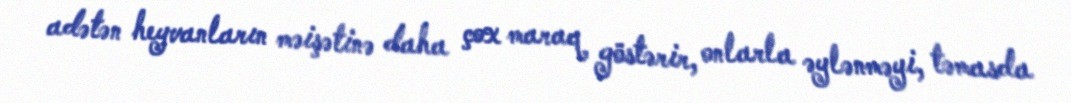
adətən heyvanların məişətinə daha çox maraq göstərir, onlarla əylənməyi, təmasda